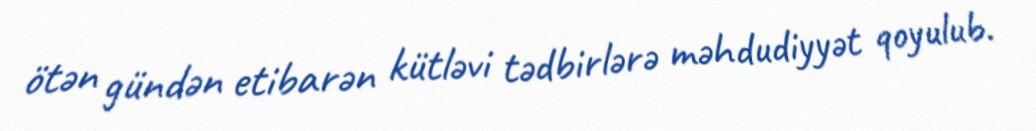
ötən gündən etibarən kütləvi tədbirlərə məhdudiyyət qoyulub.